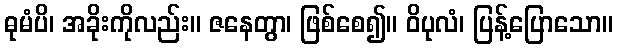
ဓုမံပိ၊ အခိုးကိုလည်း။ ဇနေတွာ၊ ဖြစ်စေ၍။ ဝိပုလံ၊ ပြန့်ပြောသော။